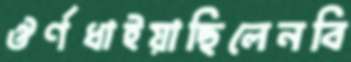
ঔর্ণধাইয়াছিলেনবি